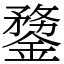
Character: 䥐